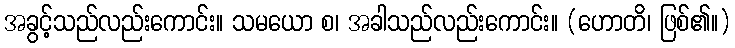
အခွင့်သည်လည်းကောင်း။ သမယော စ၊ အခါသည်လည်းကောင်း။ (ဟောတိ၊ ဖြစ်၏။)